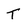
Character: T